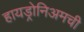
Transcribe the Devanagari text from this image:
हायड्रोनिअमची